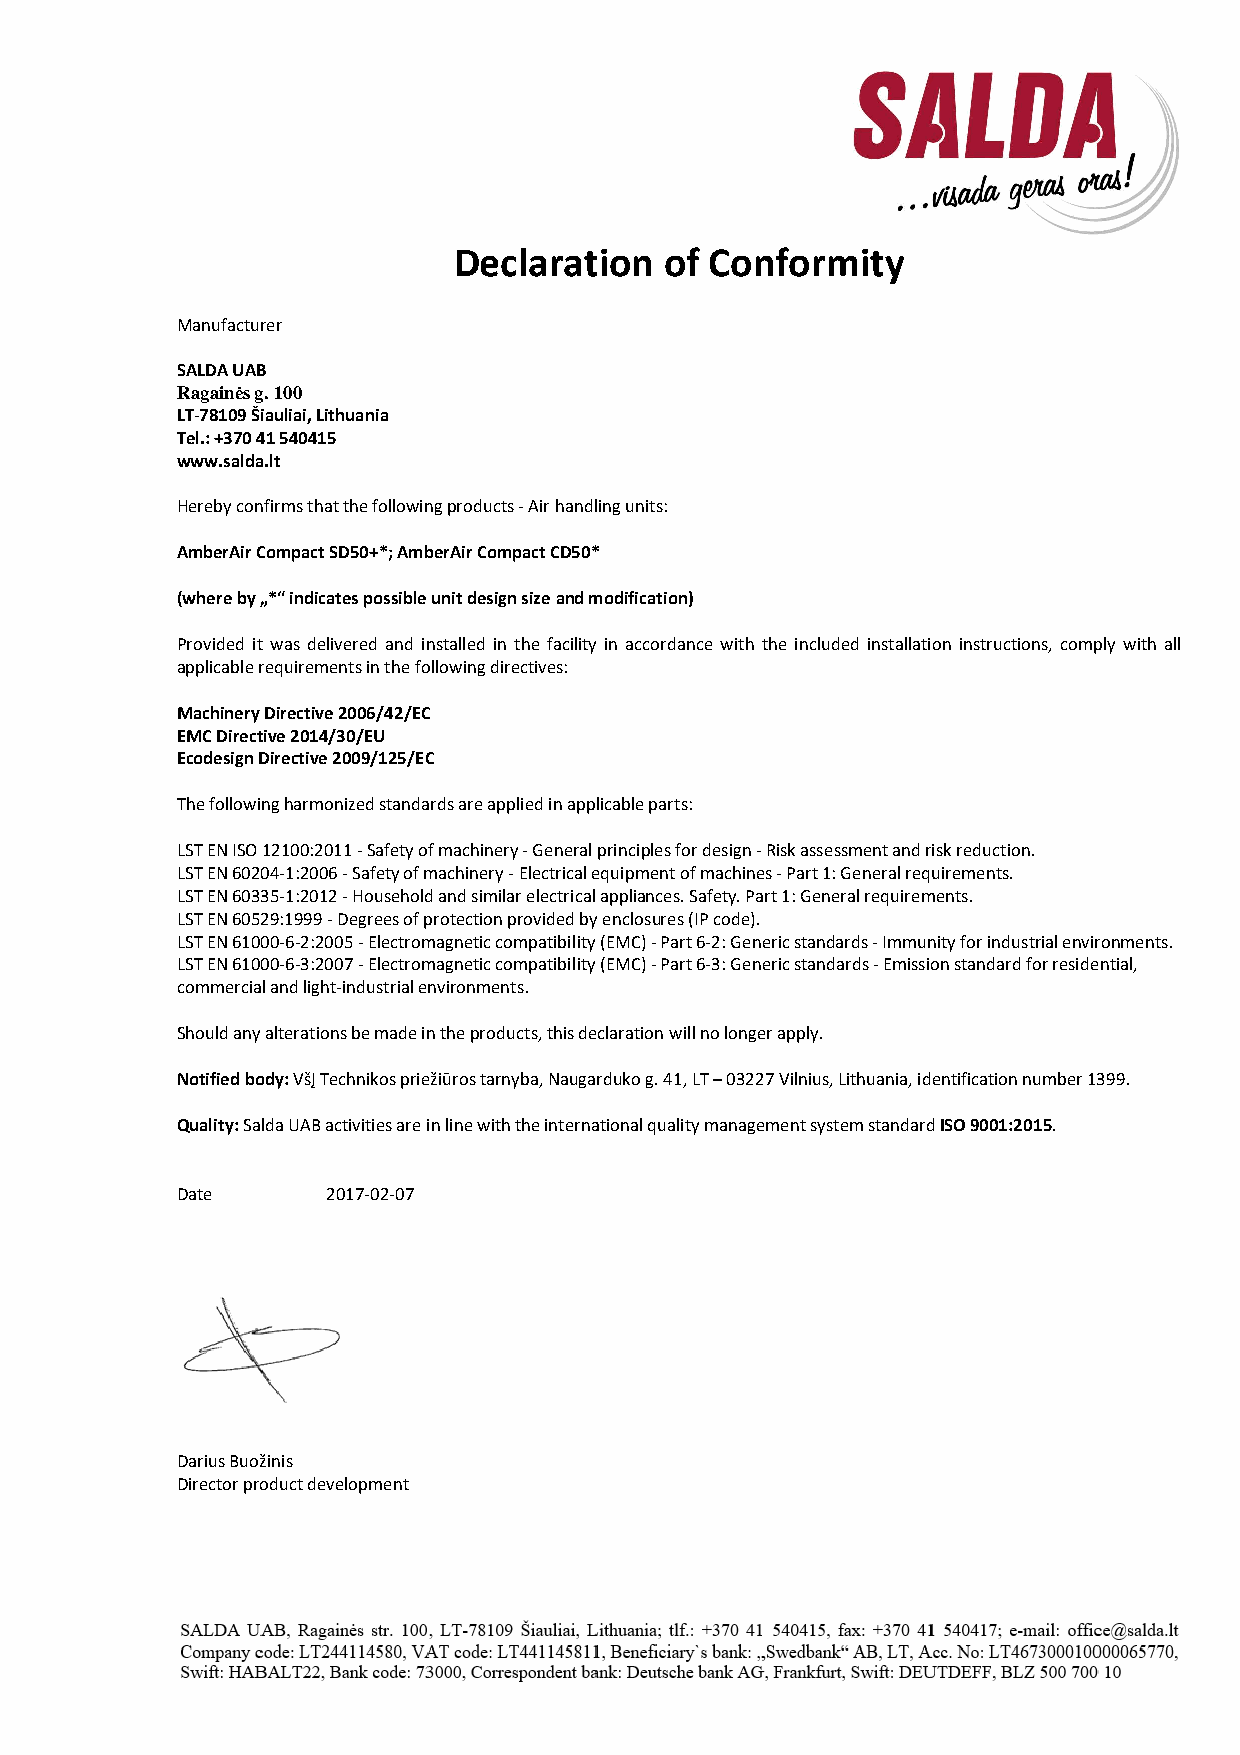
Declaration   of Conformity
 Manufacturer
 SALDA UAB
 Ragainės g. 100
 LT-78109 Šiauliai, Lithuania
 Tel.: +370 41 540415
 www.salda.lt
 Hereby confirms that the following products - Air handling units:
 AmberAir Compact SD50+*; AmberAir Compact CD50*
 (where by „*“ indicates possible unit design size and modification)
 Provided it was delivered and installed in the facility in accordance with the included installation instructions, comply with all
 applicable requirements in the following directives:
 Machinery Directive 2006/42/EC
 EMC Directive 2014/30/EU
 Ecodesign Directive 2009/125/EC
 The following harmonized standards are applied in applicable parts:
 LST EN ISO 12100:2011 - Safety of machinery - General principles for design - Risk assessment and risk reduction.
 LST EN 60204-1:2006 - Safety of machinery - Electrical equipment of machines - Part 1: General requirements.
 LST EN 60335-1:2012 - Household and similar electrical appliances. Safety. Part 1: General requirements.
 LST EN 60529:1999 - Degrees of protection provided by enclosures (IP code).
 LST EN 61000-6-2:2005 - Electromagnetic compatibility (EMC) - Part 6-2: Generic standards - Immunity for industrial environments.
 LST EN 61000-6-3:2007 - Electromagnetic compatibility (EMC) - Part 6-3: Generic standards - Emission standard for residential,
 commercial and light-industrial environments.
 Should any alterations be made in the products, this declaration will no longer apply.
 Notified body: VšĮ Technikos priežiūros tarnyba, Naugarduko g. 41, LT – 03227 Vilnius, Lithuania, identification number 1399.
 Quality: Salda UAB activities are in line with the international quality management system standard ISO 9001:2015.
 Date      2017-02-07
 Darius Buožinis
 Director product development